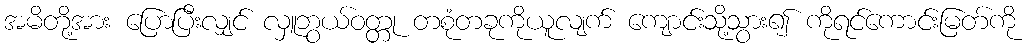
အမိတို့အား ပြောပြီးလျှင် လှူဘွယ်ဝတ္တု တစုံတခုကိုယူလျက် ကျောင်းသို့သွား၍ ကိုရင်ကောင်းမြတ်ကို